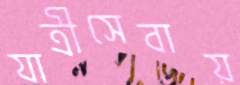
যাত্রীসেবায়